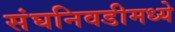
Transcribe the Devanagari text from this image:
संघनिवडीमध्ये